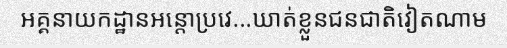
អគ្គនាយកដ្ឋានអន្តោប្រវេ...ឃាត់ខ្លួនជនជាតិវៀតណាម